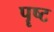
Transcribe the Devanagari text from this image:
पॄष्ट